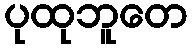
ပုထုဘူတေ